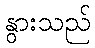
နွားသည်